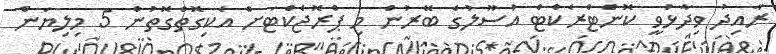
ރާއިދު ވިދާޅުވީ ކޮންޓްރެކްޓް އުސޫލުގެ ބޭރުން މި ޕްރޮޖެކްޓަށް އެކިގޮތްގޮތުން 5 މިލިޔަން